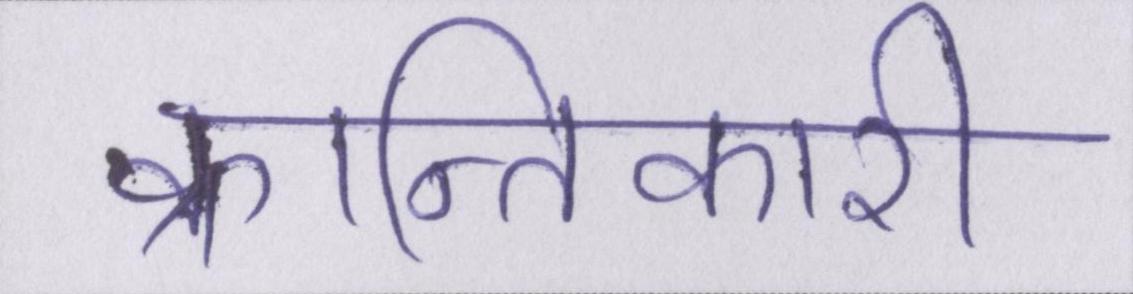
क्रान्तिकारी